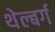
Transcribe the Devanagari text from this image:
थेल्बर्ग